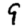
Digit: 9